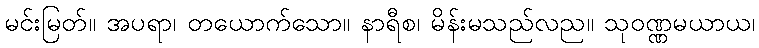
မင်းမြတ်။ အပရာ၊ တယောက်သော။ နာရီစ၊ မိန်းမသည်လည။ သုဝဏ္ဏမယာယ၊